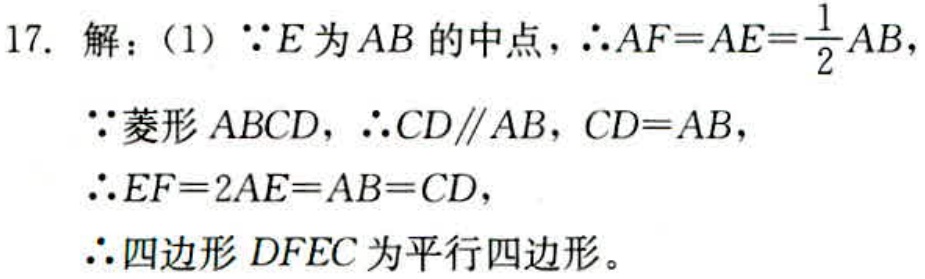
17. 解：（1）\(\because E\)为\(AB\)的中点，\(\therefore AF = AE=\frac{1}{2}AB\)，
\(\because\)菱形\(ABCD\)，\(\therefore CD\parallel AB\)，\(CD = AB\)，
\(\therefore EF = 2AE=AB = CD\)，
\(\therefore\)四边形\(DFEC\)为平行四边形。